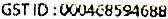
GST ID : 000468594688